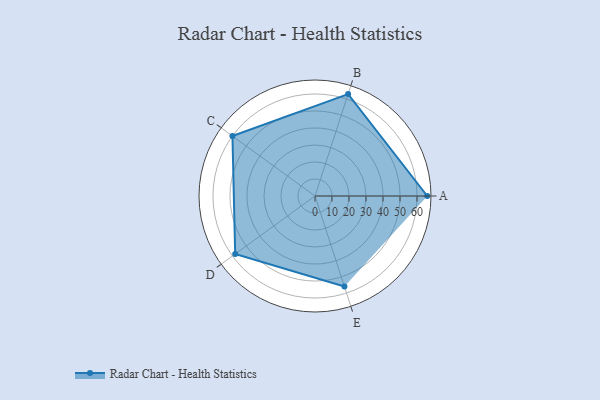
{"axis": {"x": "Skill", "y": "Score"}, "legend": ["Profile"], "data": [{"x": "A", "y": 66.0, "type": "Profile"}, {"x": "B", "y": 63.0, "type": "Profile"}, {"x": "C", "y": 60.0, "type": "Profile"}, {"x": "D", "y": 58.0, "type": "Profile"}, {"x": "E", "y": 56.0, "type": "Profile"}]}